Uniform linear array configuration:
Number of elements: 16
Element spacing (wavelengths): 0.25
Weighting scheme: blackman
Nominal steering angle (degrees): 15
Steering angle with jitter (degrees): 14.117
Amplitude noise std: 0.05
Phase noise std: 0.05

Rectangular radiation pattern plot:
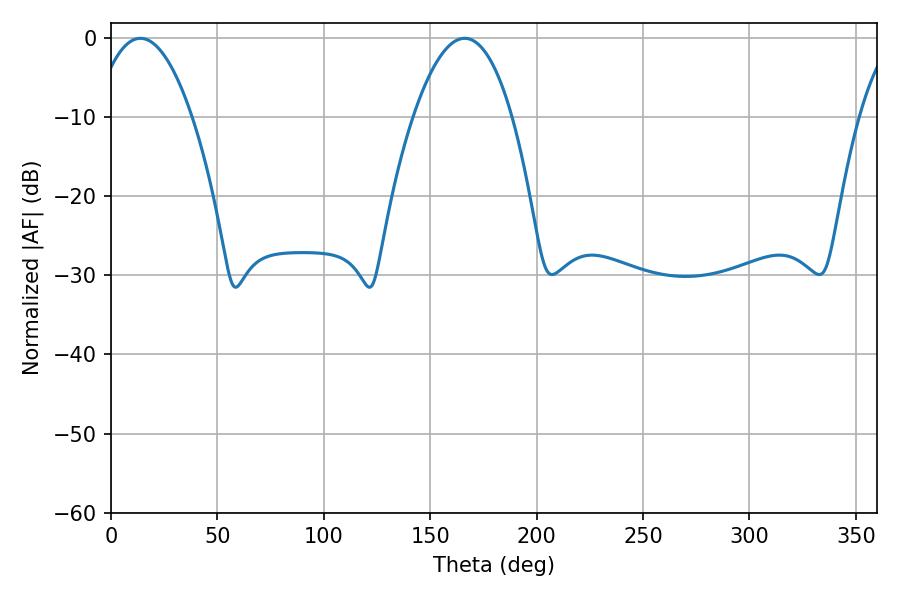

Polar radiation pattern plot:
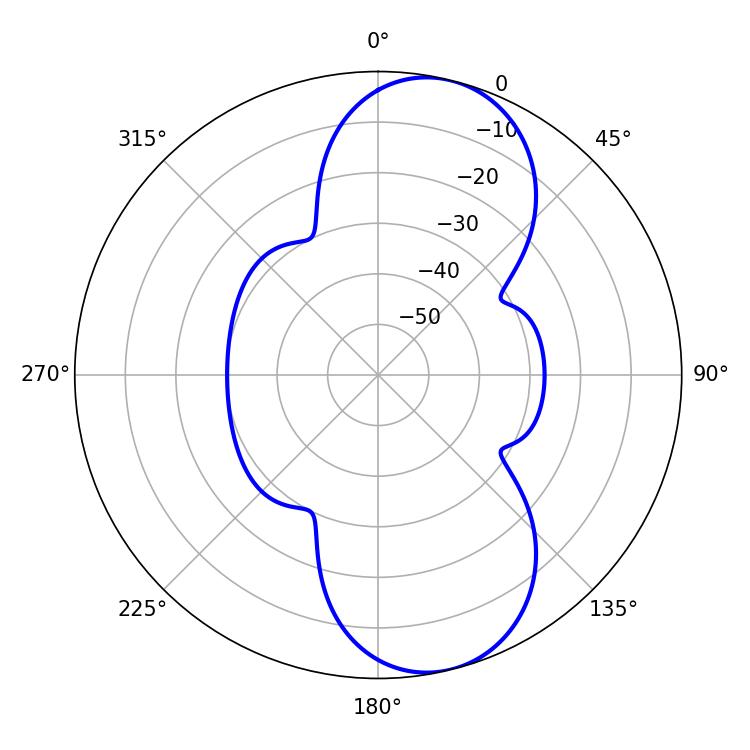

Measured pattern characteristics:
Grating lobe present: FALSE
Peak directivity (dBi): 9.332
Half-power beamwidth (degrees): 25.74
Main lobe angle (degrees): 13.86